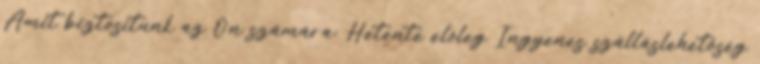
Amit biztosítunk az Ön számára: Hetente előleg Ingyenes szálláslehetőség